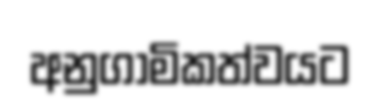
අනුගාමිකත්වයට